King Institute of Preventive Medicine Micro-Biological Section reports 1912-19
Year: 1912
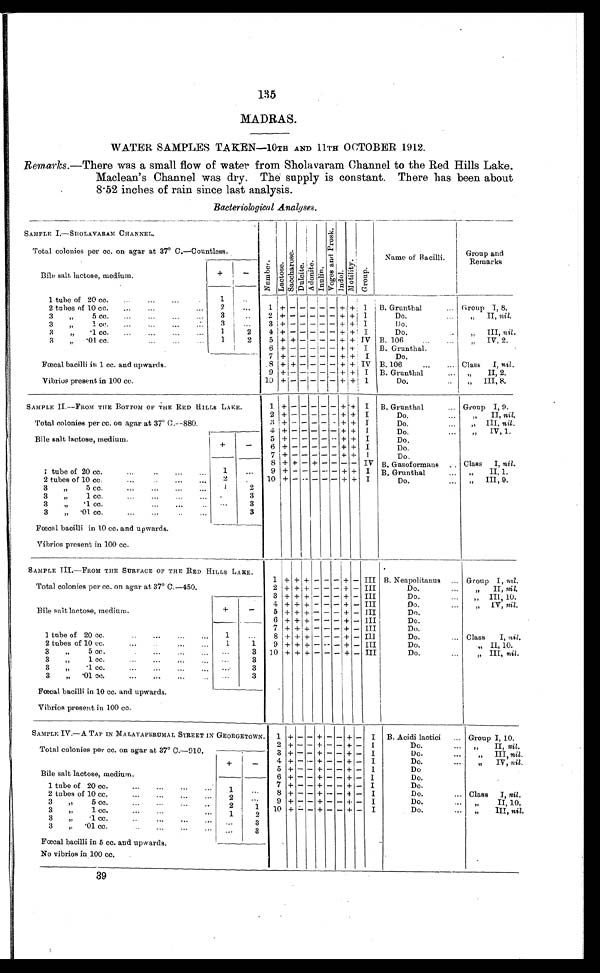
135
MADRAS.
WATER SAMPLES TAKEN -10TH AND 11TH OCTOBER 1912.
Remarks .—There was a small flow of water from Sholavaram Channel to the Red Hills Lake.
Maclean's Channel was dry. The supply is constant. There has been about
8 . 52 inches of rain since last analysis.
Bacteriological Analyses.
SAMPLE I.—SHOLAVARAM CHANNEL.
N u m b e r .
La c t os e .
Sacchar ose. D u l c i t e .
A d o n i t e . I n u l i n . Vo g e s a n d p r o s k . I n d o l . Moti l i ty. Group. .
Name of Bacilli.
Group and
Remarks
Total colonies per cc. on agar at 37° C.—Countless.
Bile salt lactose, medium.
+
-
1 tube of 20 cc.
...
1
. . .
.
2 tubes of 10 cc.
...
...
...
2
...
1 + - - - - -+ + I
B. Grunthal
,.. Group I, 8
3 „ 5 cc.
...
...
...
...
3
..
2 + -
- - - -
+ + I
Do.
„ II, nil.
3 „ 1 cc.
...
...
...
...
3
...
3 + -
- - - -
+ +
I Do.
3 „ .1 cc.
...
1
2
4 + -
- - - -
+ +
1
Do.
„ III, nil .
3 .01 cc.
...
...
...
1
2
5 + + - - - - + + IV B. 106
...
„ IV, 2.
Fœcal bacilli in 1 cc. and upwards.
6 + - - - - - + + I
B. Grunthal.
7 + - - - - - + + I
Do.
8 + + - - - + + IV B. 106
...
... Class I, nil.
9 + - - - - - + + I
B. Grunthal
...
„ II, 2.
Vibrios present in 100 cc.
10 + -
- - - - + + 1
Do.
..
„ III, 8.
SAMPLE II.—FROM THE BOTTOM OF THE RED HILLS LAKE.
1
+ -
- - - - + + I
B. Grunthal
... Group I, 9.
2 + -
- - - - + + I
Do.
II, nil.
Total colonies per cc. on agar at 37° C.—880.
3 + - - - - - + + I
Do.
...
„ III, nil.
4 + - - - - - + + 1
Do.
...
„ IV, 1.
Bile salt lactose, medium.
+
-
5 + - - - - - + + I
Do.
6 + -
- - - - + + I
Do
7
+ -
- - - - + + I
Do.
1 tube of 20 cc. ... . ..
1
...
8 + + - + - - - - IV B. Gasoformans
.
Class I, nil.
9 + - - - - - + + I B. Grunthal
„ I I 1 .
2 tubes of 10 cc.
...
...
2
. . . 10 + - - -
- - + + I
Do.
„ I I I , 9 .
3 „ 5 cc.
...
...
...
...
1
2
3 ,. 1 cc.
. . .
3
3 „ .1 cc.
...
...
...
3
3 „ .01 cc.
...
...
. . .
3
Fœcal bacilli in 10 cc. and upwards.
Vibrios present in 100 cc.
SAMPLE III.—FROM THE SURFACE OF THE RED HILLS LAKE.
1 + +
+
- - - + - III B. Neapolitanus
... Group I, nil.
Total colonies per cc. on agar at 37° C.—450.
2 + +
+ - - - + - III
Do.
„ II, nil.
3
+ +
+ - - - + - III
Do.
„ I I I , 1 0 .
Bile salt lactose, medium.
+
-
4 + + + - - - + -
I I I
Do.
...
,, IV, nil.
5 + + + - - - + - III
Do.
6 + +
+ - - - + - III
Do.
1 tube of 20 cc....
1
...
7 + +
+ - - - + - III
Do.
8 + + + - - - + -
I I I
Do.
... Class 1, nil.
2 tubes of 10 cc.
...
1
1
9 + + + - - - + - III
Do.
„ II, 10.
3 „ 5 cc.
3
10 + + + - -
- + - III
Do.
„ I I I ,n
i l .
3 „ 1 cc.
...
...
•..
...
3
3 „ .1 cc.
3
3 „ .01 cc,
...
...
...
...
3
Fœcal bacilli in 10 cc. and upwards.
Vibrios present in 100 cc.
SAMPLE IV.—A TAP IN MA LAYAPERUMAL STREET IN GEORGETOWN.
1 + - - + - - + - I
B. Acidi lactici
... Group I, 10.
Total colonies per cc. on agar at 37° C.—910.
2
+ - - + -
- +
- I
Do.
...
„ II, nil.
3 + - - + - - + - I
Do.
...
„ III, nil.
Bile salt lactose, medium.
+
-
4 + - - + - - + - I
Do.
„ I V ,n
i l
.
5
+ - - + - - +
- I
Do
6 + - - + - - + - I
Do.
1 tube of 20 cc.
...
...
. . .
. . .
1
. . .
7
+ - - + - -
+ - I
Do.
8 + - - + - - + - I
Do.
... Class I, nil.
2 tubes of 10 cc.
2
. . .
9
+ -
-
+ -
- + - I
Do.
„ I I , 1 0 .
3 „ 5 cc.
,,
...
...
.
2
1
10 +
- - + - - + - I
Do.
...
„III, nil.
3 „1 cc,,
...
. . .
. . .
1
2
3 „ .1 cc...
..
...
.
. . .
3
3 „ . 0 1 c c .
. . .
. . .
. . . ...
3
Fœcal bacilli in 5 cc. and upwards.
--
No vibrios in 100 cc.
39